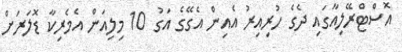
އޮސްޓްރޭލިއާގައި ދެގެ ހުރިއިރު އެއިން އެގޭގެ އަގު 10 މިލިއަން އެމެރިކާ ޑޮލަރަށް